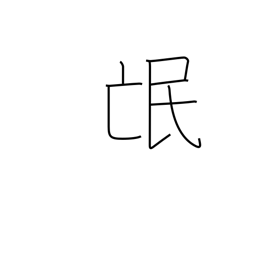
Meaning: people